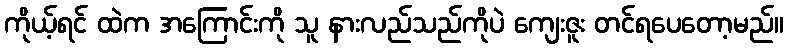
ကိုယ့်ရင် ထဲက အကြောင်းကို သူ နားလည်သည်ကိုပဲ ကျေးဇူး တင်ရပေတော့မည်။